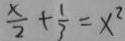
\frac { x } { 2 } + \frac { 1 } { 3 } = x ^ { 2 }